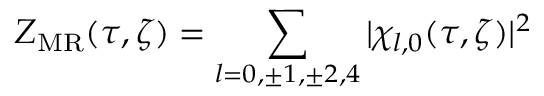
Z _ { \mathrm { M R } } ( \tau , \zeta ) = \sum _ { l = 0 , \pm 1 , \pm 2 , 4 } \vert \chi _ { l , 0 } ( \tau , \zeta ) \vert ^ { 2 }